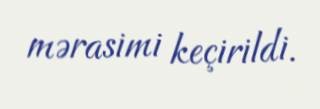
mərasimi keçirildi.